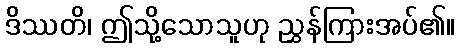
ဒိဿတိ၊ ဤသို့သောသူဟု ညွှန်ကြားအပ်၏။